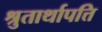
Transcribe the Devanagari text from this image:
श्रुतार्थापत्ति